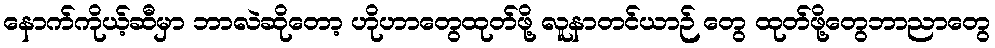
နောက်ကိုယ့်ဆီမှာ ဘာလဲဆိုတော့ ဟိုဟာတွေထုတ်ဖို့ လူနာတင်ယာဉ် တွေ ထုတ်ဖို့တွေဘာညာတွေ